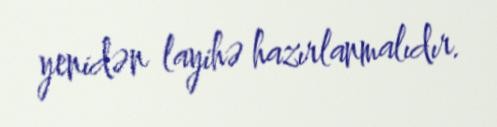
yenidən layihə hazırlanmalıdır.